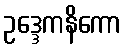
ဥဒ္ဒေကနိကော